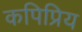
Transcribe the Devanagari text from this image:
कपिप्रिय